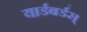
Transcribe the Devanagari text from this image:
यार्डबर्डस्